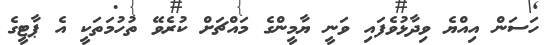
ހަސަން އިއްޔެ ވިދާޅުވެފައި ވަނީ ޔާމީންގެ މައްޗަށް ކުރެވޭ ތުހުމަތަކީ އެ ޕާޓީގެ